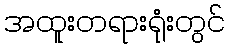
အထူးတရားရုံးတွင်